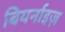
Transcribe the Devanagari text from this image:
बियर्नाइज़